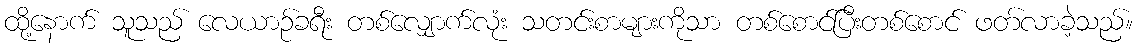
ထို့နောက် သူသည် လေယာဉ်ခရီး တစ်လျှောက်လုံး သတင်းစာများကိုသာ တစ်စောင်ပြီးတစ်စောင် ဖတ်လာခဲ့သည်။